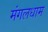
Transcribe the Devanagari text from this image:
मंगलधाम